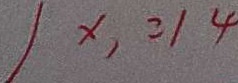
x , = 1 4